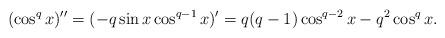
LaTeX: \begin{align*}(\cos^q x)''=(-q\sin x\cos^{q-1}x)'=q(q-1)\cos ^{q-2}x-q^2\cos^q x.\end{align*}